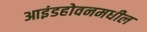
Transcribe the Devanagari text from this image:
आइंडहोवनमधील